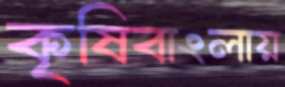
কৃষিবাংলায়